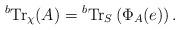
LaTeX: \begin{align*}{}^b {\rm Tr}_{\chi}(A)={}^b{\rm Tr}_{S}\left(\Phi_A(e)\right).\end{align*}